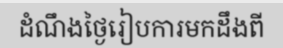
ដំណឹងថ្ងៃរៀបការមកដឹងពី